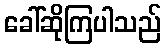
ခေါ်ဆိုကြပါသည်